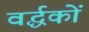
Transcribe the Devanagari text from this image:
वर्द्धकों